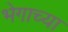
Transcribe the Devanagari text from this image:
भेगाच्या